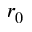
r _ { 0 }